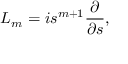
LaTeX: { L } _ { m } = i s ^ { m + 1 } \frac { \partial } { \partial s } , \;